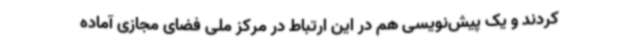
کردند و یک پیش‌نویسی هم در این ارتباط در مرکز ملی فضای مجازی آماده